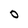
Character: D